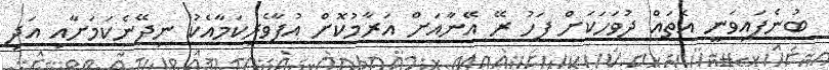
ބުނެފައިވަނީ އެތައް ދުވަހަކަށް ފަހު ރޭ އޭނާއަށް އަރާމުކޮށް އުފާވެރިކަމާއެކު ނިދޭނެކަމަށާއި އަދި